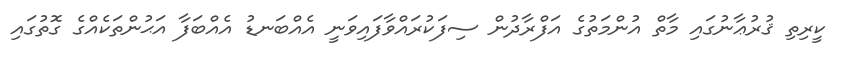
ކީރިތި ޤުރުޢާނުގައި މާތް އުންމަތުގެ އަފްރާދުން ސިފަކުރައްވާފައިވަނީ އެއްބަނޑު އެއްބަފާ އަޙުންތަކެއްގެ ގޮތުގައި